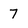
Character: 7